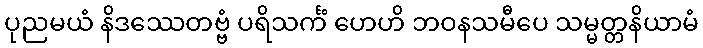
ပုညမယံ နိဒဿေတဗ္ဗံ ပရိသင်္ကံ ဟေဟိ ဘဝနသမီပေ သမ္မတ္တနိယာမံ